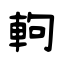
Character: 軥